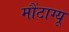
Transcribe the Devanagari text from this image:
मौंटाग्यू